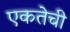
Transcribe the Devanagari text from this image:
एकतेची